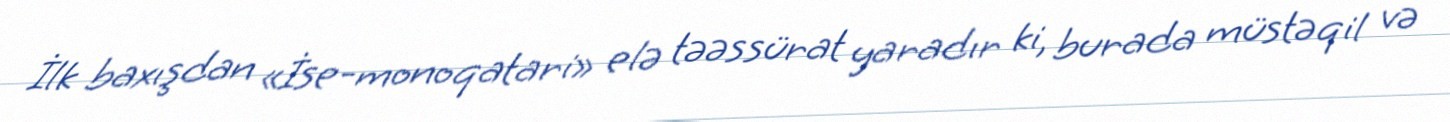
İlk baxışdan «İse-monoqatari» elə təəssürat yaradır ki, burada müstəqil və